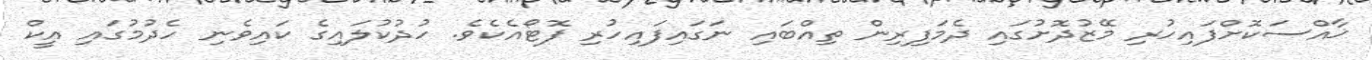
ޚާއްސަކޮށްފައިހުރި މޭޒުދޮށުގައި ދެމަފިރިން ތިއްބައި ނަގައިފައިހުރި ފޮޓޯއެކެވެ. ހުދުކުލައިގެ ކައިވެނި ހެދުމުގައި އީކް